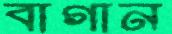
বাগান